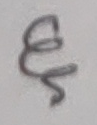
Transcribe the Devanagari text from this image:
हे